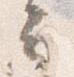
云